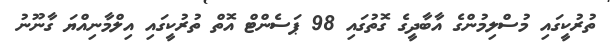
ތުރުކީގައި މުސްލިމުންގެ އާބާދީގެ ގޮތުގައި 98 ޕަސެންޓް އޮތް ތުރުކީގައި އިލްމާނިއްޔަ ގާނޫނު